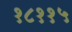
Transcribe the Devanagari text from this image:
१८११५